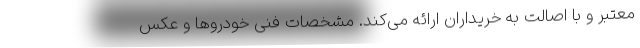
معتبر و با اصالت به خریداران ارائه می‌کند. مشخصات فنی خودروها و عکس